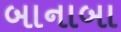
બાનાબા